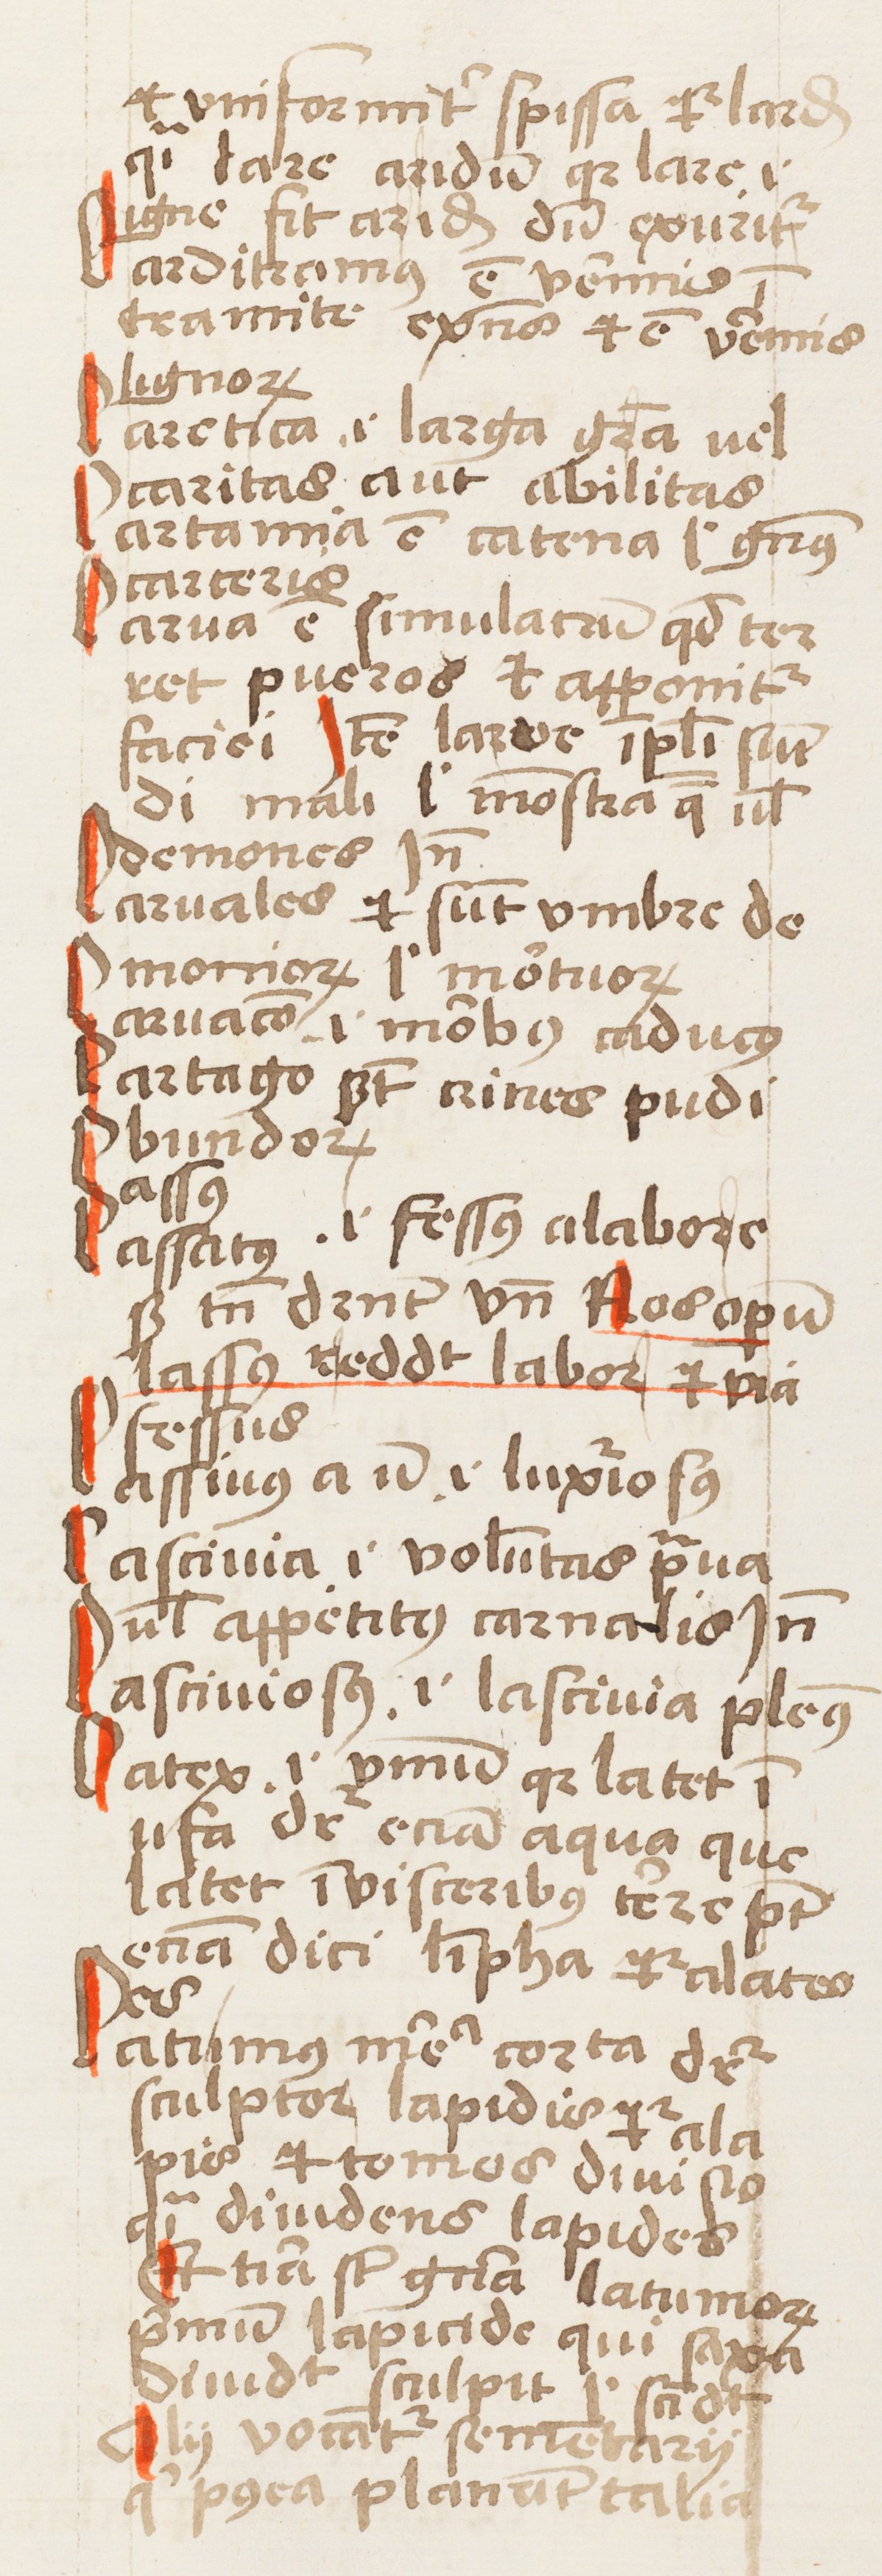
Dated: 1452–1452